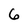
Character: 6